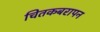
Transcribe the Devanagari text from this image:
चितकबरापन